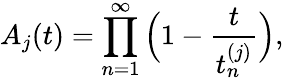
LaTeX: A_{j}(t)=\prod_{n=1}^{\infty}\Big(1-\frac{t}{t_{n}^{(j)}}\Big),